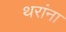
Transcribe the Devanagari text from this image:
थरांना